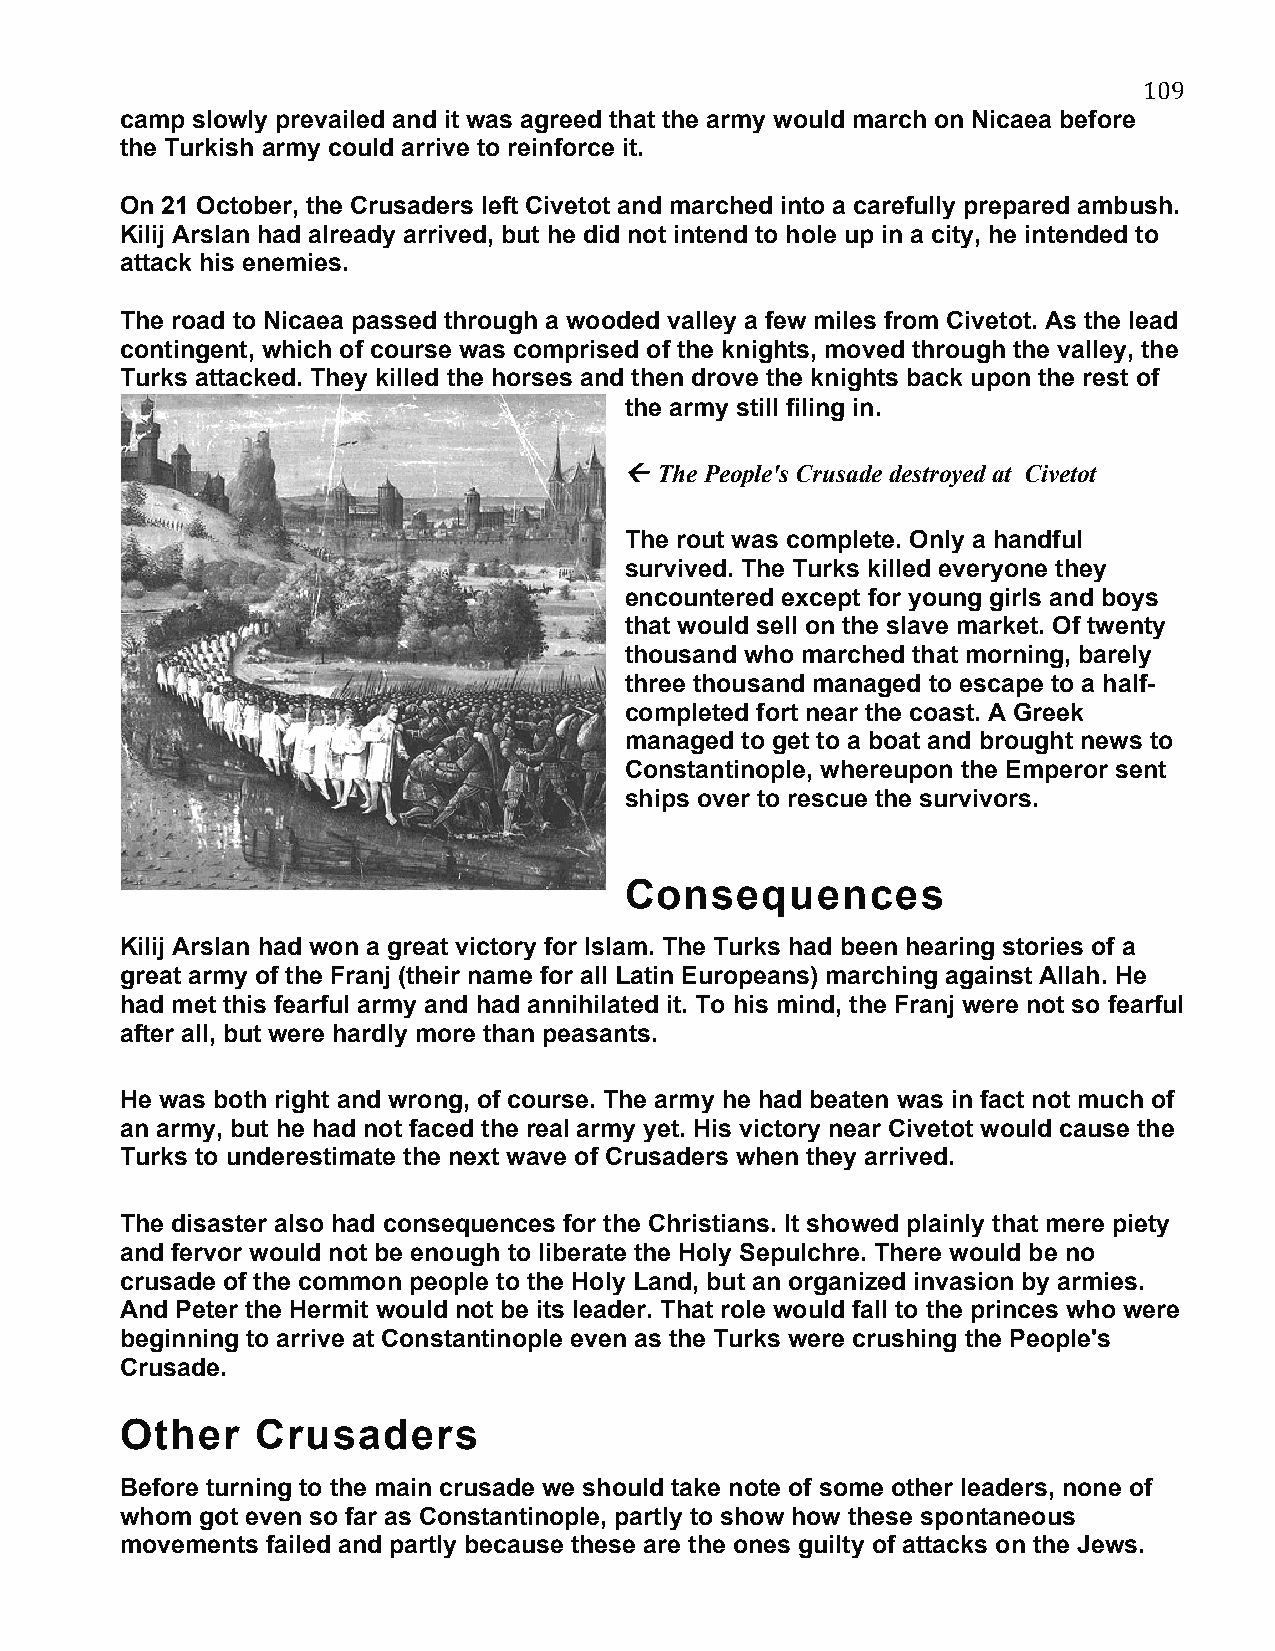
109
 camp slowly prevailed and it was agreed that the army would march on Nicaea before
 the Turkish army could arrive to reinforce it.
 On 21 October, the Crusaders left Civetot and marched into a carefully prepared ambush.
 Kilij Arslan had already arrived, but he did not intend to hole up in a city, he intended to
 attack his enemies.
 The road to Nicaea passed through a wooded valley a few miles from Civetot. As the lead
 contingent, which of course was comprised of the knights, moved through the valley, the
 Turks attacked. They killed the horses and then drove the knights back upon the rest of
 the army still filing in.
   The People's Crusade destroyed at Civetot
 The rout was complete. Only a handful
 survived. The Turks killed everyone they
 encountered except for young girls and boys
 that would sell on the slave market. Of twenty
 thousand who marched that morning, barely
 three thousand managed to escape to a half-
 completed fort near the coast. A Greek
 managed to get to a boat and brought news to
 Constantinople, whereupon the Emperor sent
 ships over to rescue the survivors.
 Consequences
 Kilij Arslan had won a great victory for Islam. The Turks had been hearing stories of a
 great army of the Franj (their name for all Latin Europeans) marching against Allah. He
 had met this fearful army and had annihilated it. To his mind, the Franj were not so fearful
 after all, but were hardly more than peasants.
 He was both right and wrong, of course. The army he had beaten was in fact not much of
 an army, but he had not faced the real army yet. His victory near Civetot would cause the
 Turks to underestimate the next wave of Crusaders when they arrived.
 The disaster also had consequences for the Christians. It showed plainly that mere piety
 and fervor would not be enough to liberate the Holy Sepulchre. There would be no
 crusade of the common people to the Holy Land, but an organized invasion by armies.
 And Peter the Hermit would not be its leader. That role would fall to the princes who were
 beginning to arrive at Constantinople even as the Turks were crushing the People's
 Crusade.
 Other    Crusaders
 Before turning to the main crusade we should take note of some other leaders, none of
 whom got even so far as Constantinople, partly to show how these spontaneous
 movements failed and partly because these are the ones guilty of attacks on the Jews.